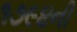
૧૭૯૪ની